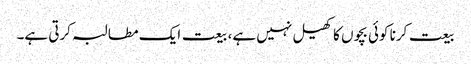
بیعت کرنا کوئی بچوں کا کھیل نہیں ہے، بیعت ایک مطالبہ کرتی ہے۔